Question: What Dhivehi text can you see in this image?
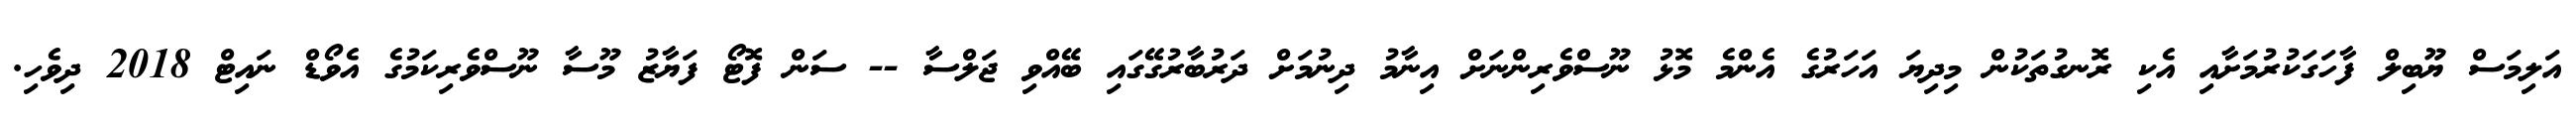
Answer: އަލިމަސް ޔޫބިލް ފާހަގަކުރުމަށާއި އެކި ރޮނގުތަކުން މިދިޔަ އަހަރުގެ އެންމެ މޮޅު ނޫސްވެރިންނަށް އިނާމު ދިނުމަށް ދަރުބާރުގޭގައި ބޭއްވި ޖަލްސާ -- ސަން ފޮޓޯ ފަޔާޒު މޫސާ ނޫސްވެރިކަމުގެ އެވޯޑް ނައިޓް 2018 ދިވެހި.